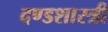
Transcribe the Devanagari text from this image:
दण्डशास्त्री